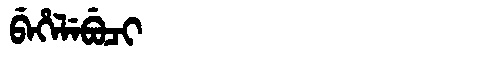
Manchu: ᠪᡝᡥᡝᠯᡝᠪᡠᠴᡳ
Romanization: BEHELEBUCI